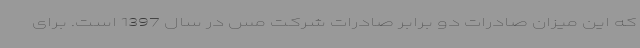
که این میزان صادرات دو برابر صادرات شرکت مس در سال 1397 است. برای